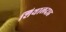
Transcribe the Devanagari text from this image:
शियालदाह